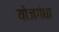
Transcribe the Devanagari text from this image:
योजगंधा